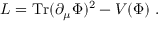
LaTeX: L = \mathrm { T r } ( \partial _ { \mu } \Phi ) ^ { 2 } - V ( \Phi ) \ .